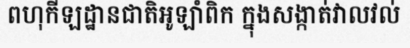
ពហុកីឡដ្ឋានជាតិអូឡាំពិក ក្នុងសង្កាត់វាលវល់